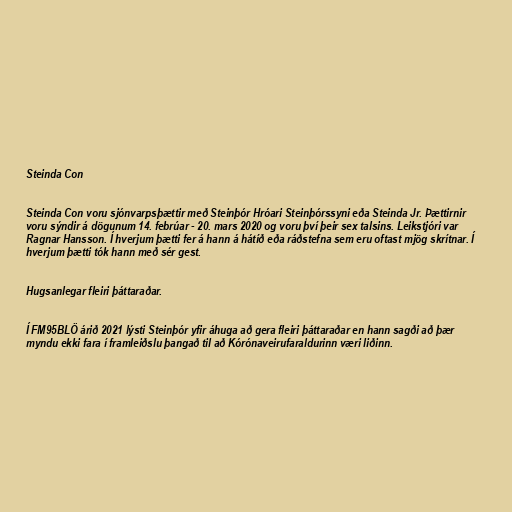
Steinda Con

Steinda Con voru sjónvarpsþættir með Steinþór Hróari Steinþórssyni eða Steinda Jr. Þættirnir
voru sýndir á dögunum 14. febrúar - 20. mars 2020 og voru því þeir sex talsins. Leikstjóri var
Ragnar Hansson. Í hverjum þætti fer á hann á hátíð eða ráðstefna sem eru oftast mjög skrítnar. Í
hverjum þætti tók hann með sér gest.

Hugsanlegar fleiri þáttaraðar.

Í FM95BLÖ árið 2021 lýsti Steinþór yfir áhuga að gera fleiri þáttaraðar en hann sagði að þær
myndu ekki fara í framleiðslu þangað til að Kórónaveirufaraldurinn væri liðinn.